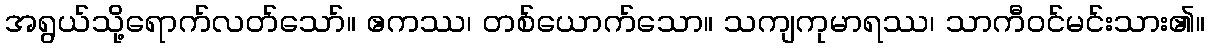
အရွယ်သို့ရောက်လတ်သော်။ ဧကဿ၊ တစ်ယောက်သော။ သကျကုမာရဿ၊ သာကီဝင်မင်းသား၏။